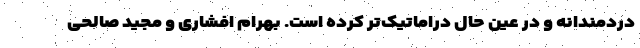
دردمندانه و در عین حال دراماتیک‌تر کرده است. بهرام افشاری و مجید صالحی